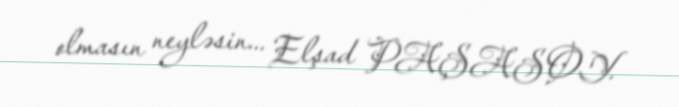
olmasın neyləsin... Elşad PAŞASOY.